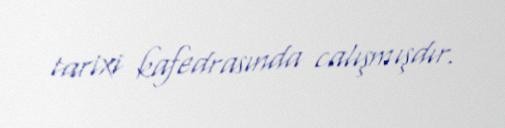
tarixi kafedrasında calışmışdır.